Indian journal of veterinary science and animal husbandry - Volume 10,
Year: 1940
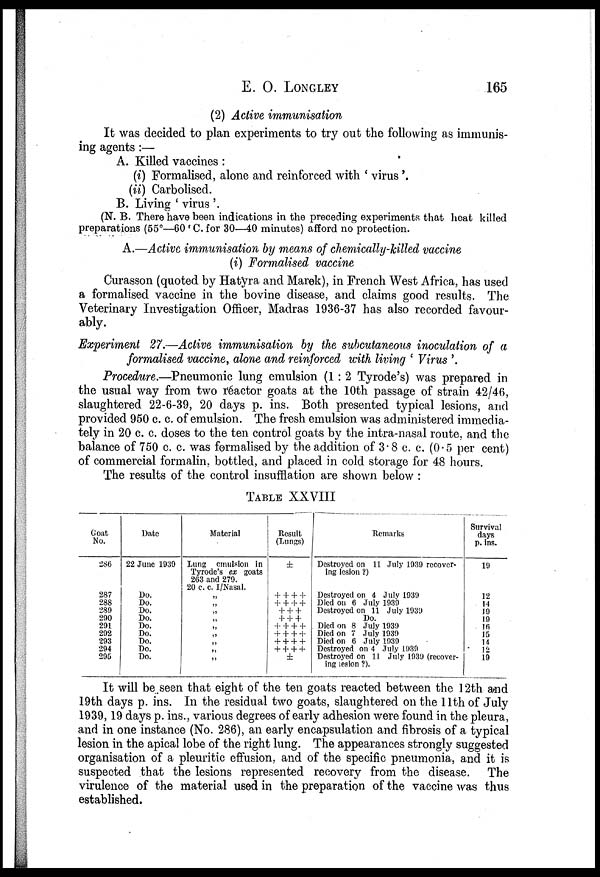
E.O.LONGLEY
165
(2) Active immunisation
It was decided to plan experiments to try out the following as immunis-
ing agents:—
A. Killed vaccines:
(i) Formalised, alone and reinforced with ' virus '.
(ii) Carbolised.
B. Living ' virus '.
(N. B. There have been indications in the preceding experiments that heat killed
preparations (55°—60 C. for 30—40 minutes) afford no protection.
A.—Active immunisation by means of chemically-killed vaccine
(i) Formalised vaccine
Curasson (quoted by Hatyra and Marek), in French West Africa, has used
a formalised vaccine in the bovine disease, and claims good results. The
Veterinary Investigation Officer, Madras 1936-37 has also recorded favour-
ably.
Experiment 27.—Active immunisation by the subcutaneous inoculation of a
formalised vaccine, alone and reinforced with living ' Virus '.
Procedure.—Pneumonic lung emulsion (1:2 Tyrode's) was prepared in
the usual way from two reactor goats at the 10th passage of strain 42/46,
slaughtered 22-6-39, 20 days p. ins. Both presented typical lesions, and
provided 950 c. c. of emulsion. The fresh emulsion was administered immedia-
tely in 20 c. c. doses to the ten control goats by the intra-nasal route, and the
balance of 750 c. c. was formalised by the addition of 3.8 c. c. (0.5 per cent)
of commercial formalin, bottled, and placed in cold storage for 48 hours.
The results of the control insufflation are shown below :
TABLE XXVIII
Goat
No.
286
287
288
289
290
291
292
293
294
295
Date
22 June 1939
Do.
Do.
Do.
Do.
Do.
Do.
Do.
Do.
Do.
Material
Lung emulsion in
Tyrode's ex goats
263 and 279.
20 c. c. I/Nasal.
„
„
„
„
„
„
„
„
„
Result
(Lungs)
±
+ + + +
+ + + +
+ + +
+ + +
+ + + +
+ + + +
+ + + +
+ + + +
±
Remarks
Destroyed on 11 July 1939 recover-
ing lesion ?)
Destroyed on 4 July 1939
Died on 6 July 1939
Destroyed on 11 July 1939
Do.
Died on 8 July 1939
Died on 7 July 1939
Died on 6 July 1939
Destroyed on 4 July 1939
Destroyed on 11 July 1939 (recover-
ing lesion ?).
Survival
days
p. ins.
19
12
14
19
19
16
15
14
12
19
It will be seen that eight of the ten goats reacted between the 12th and
19th days p. ins. In the residual two goats, slaughtered on the 11th of July
1939,19 days p. ins., various degrees of early adhesion were found in the pleura,
and in one instance (No. 286), an early encapsulation and fibrosis of a typical
lesion in the apical lobe of the right lung. The appearances strongly suggested
organisation of a pleuritic effusion, and of the specific pneumonia, and it is
suspected that the lesions represented recovery from the disease. The
virulence of the material used in the preparation of the vaccine was thus
established.